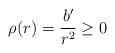
LaTeX: \begin{align*}\rho (r) = \frac{b^{\prime}}{r^{2}} \ge 0\end{align*}